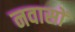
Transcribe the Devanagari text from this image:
नवासों